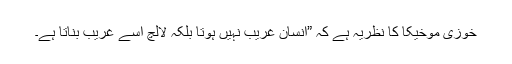
خوزی موخیکا کا نظریہ ہے کہ ”انسان غریب نہیں ہوتا بلکہ لالچ اسے غریب بناتا ہے۔